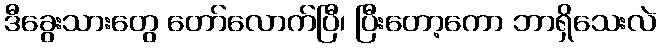
ဒီခွေးသားတွေ တော်လောက်ပြီ၊ ပြီးတော့ကော ဘာရှိသေးလဲ